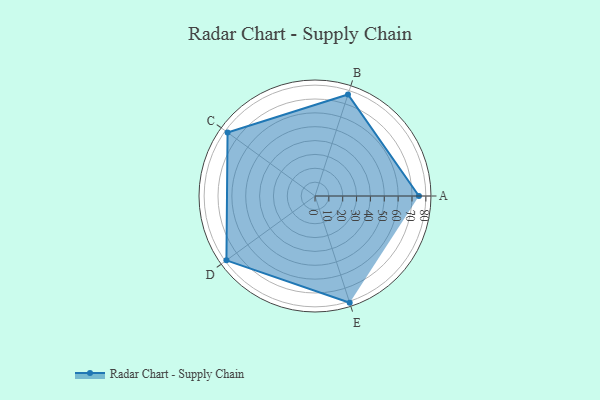
{"axis": {"x": "Skill", "y": "Score"}, "legend": ["Profile"], "data": [{"x": "A", "y": 75.0, "type": "Profile"}, {"x": "B", "y": 77.0, "type": "Profile"}, {"x": "C", "y": 78.0, "type": "Profile"}, {"x": "D", "y": 79.0, "type": "Profile"}, {"x": "E", "y": 81.0, "type": "Profile"}]}